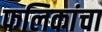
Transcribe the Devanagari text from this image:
फलिकांचा